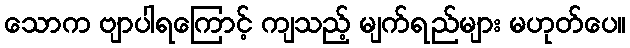
သောက ဗျာပါရကြောင့် ကျသည့် မျက်ရည်များ မဟုတ်ပေ။